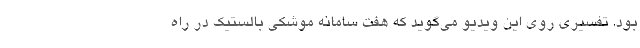
بود. تفسیری روی این ویدیو می‌گوید که هفت سامانه موشکی بالستیک در راه